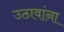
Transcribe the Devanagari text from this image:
उठावांना